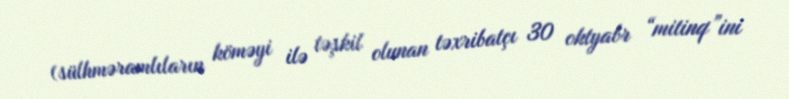
(sülhməramlıların köməyi ilə təşkil olunan təxribatçı 30 oktyabr “mitinq”ini